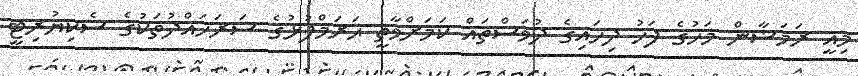
މިއީ ރަމަޟާން މަހުގެ ފަހު ދިހައިގެ ދުވަސްތައް ކަމަށްވާތީ ޙަރަމްފުޅުގެ ސަރަހައްދުތަކުގެ ސެކިޔުރިޓީ